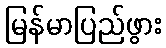
မြန်မာပြည်ဖွား